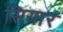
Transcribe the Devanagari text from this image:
सियार